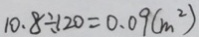
1 0 . 8 \div 1 2 0 = 0 . 0 9 ( m ^ { 2 } )